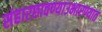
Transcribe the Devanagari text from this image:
संहारछावण्याउभारण्यात